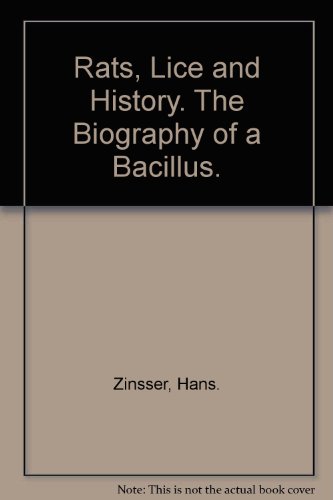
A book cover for Rats, Lice and History. The Biography of a Bacillus.; Hans. Zinsser; Health, Fitness & Dieting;